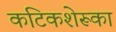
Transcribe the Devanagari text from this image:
कटिकशेरूका